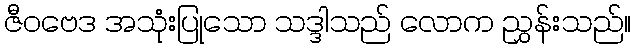
ဇီဝဗေဒ အသုံးပြုသော သဒ္ဒါသည် လောက ညွှန်းသည်။